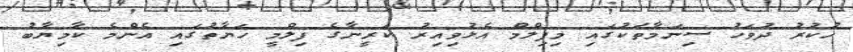
ހުކުރު ދުވަހު ސިނަމާތަކުގައި މިފިލްމް އެޅުވިއިރު ކަރީނާގެ ފިލްމީ ހަޔާތުގައި އެންމެ ކާމިޔާބު